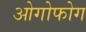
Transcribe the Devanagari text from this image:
ओगोफोग